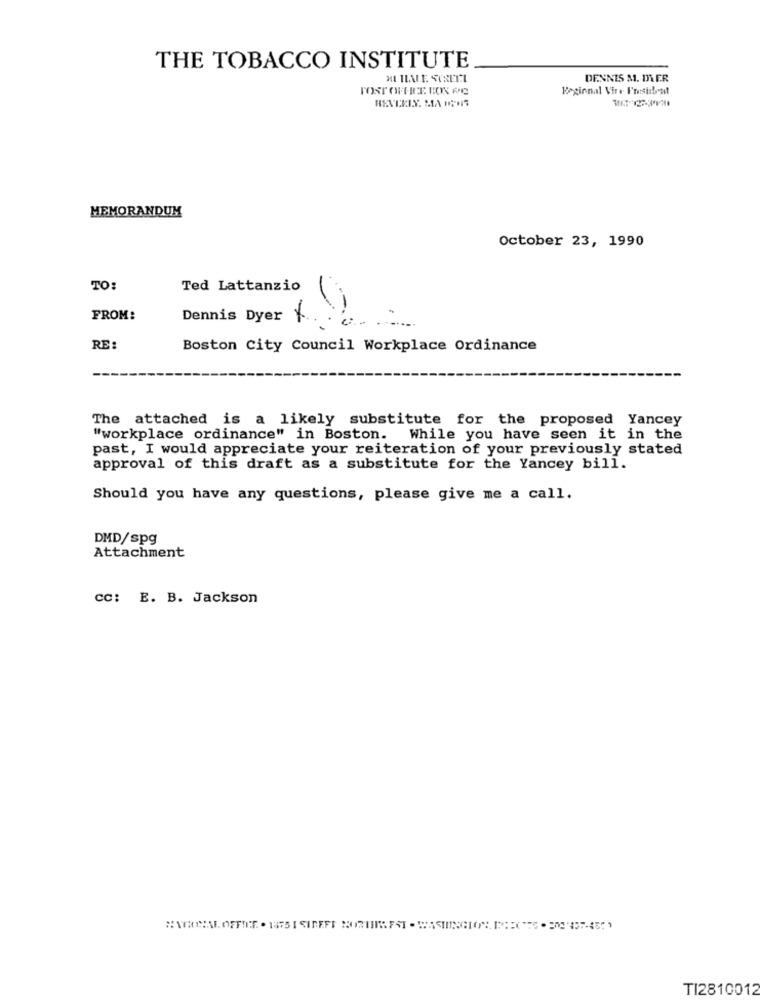
THE TOBACCO INSTITUTE
MITLANE SCRELI
DENNIS M. DE.R
TOST OFFRE BOK PO
Beginnal Vire Forsident
MEMORANDUM
October 23, 1990
TO:
Ted Lattanzio
FROM:
Dennis Dyer
+
RE:
Boston City Council Workplace Ordinance
The attached is a likely substitute for the proposed Yancey
"workplace ordinance" in Boston. While you have seen it in the
past, I would appreciate your reiteration of your previously stated
approval of this draft as a substitute for the Yancey bill.
Should you have any questions, please give me a call.
DMD/spg
Attachment
cc: E. B. Jackson
TI2810012